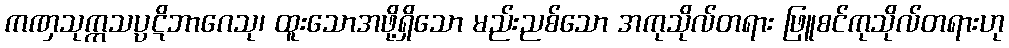
ကဏှသုက္ကသပ္ပဋိဘာဂေသု၊ ထူးသောအဖို့ရှိသော မည်းညစ်သော အကုသိုလ်တရား ဖြူစင်ကုသိုလ်တရားဟု